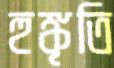
হুঙ্কৃতি